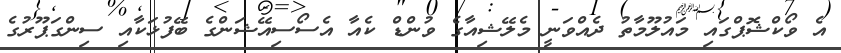
އެ ވޯކްޝޮޕްގައި މައުލޫމާތު ދެއްވަނީ މެލޭޝިއާގެ ވުންޑް ކެއާ އެސޯސިއޭޝަންގެ ބޭފުޅަކާއި ސިންގަޕޫރުގެ